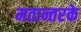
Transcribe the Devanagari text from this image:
मतान्तरके